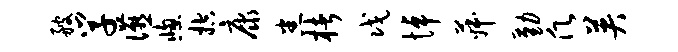
艘学宴窗控康悉楮戊悼菽勤愿英